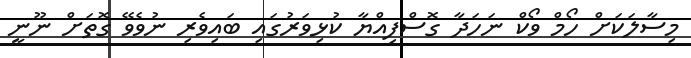
މިސާލަކަށް ހޯމް ވޯކް ނަހަދާ ގޮސްފިއްޔާ ކުޅިވަރުގައި ބައިވެރި ނުވެވޭ ގޮތަށް ނޫނީ